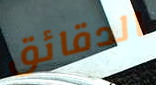
الدقائق